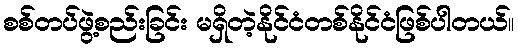
စစ်တပ်ဖွဲ့စည်းခြင်း မရှိတဲ့နိုင်ငံတစ်နိုင်ငံဖြစ်ပါတယ်။